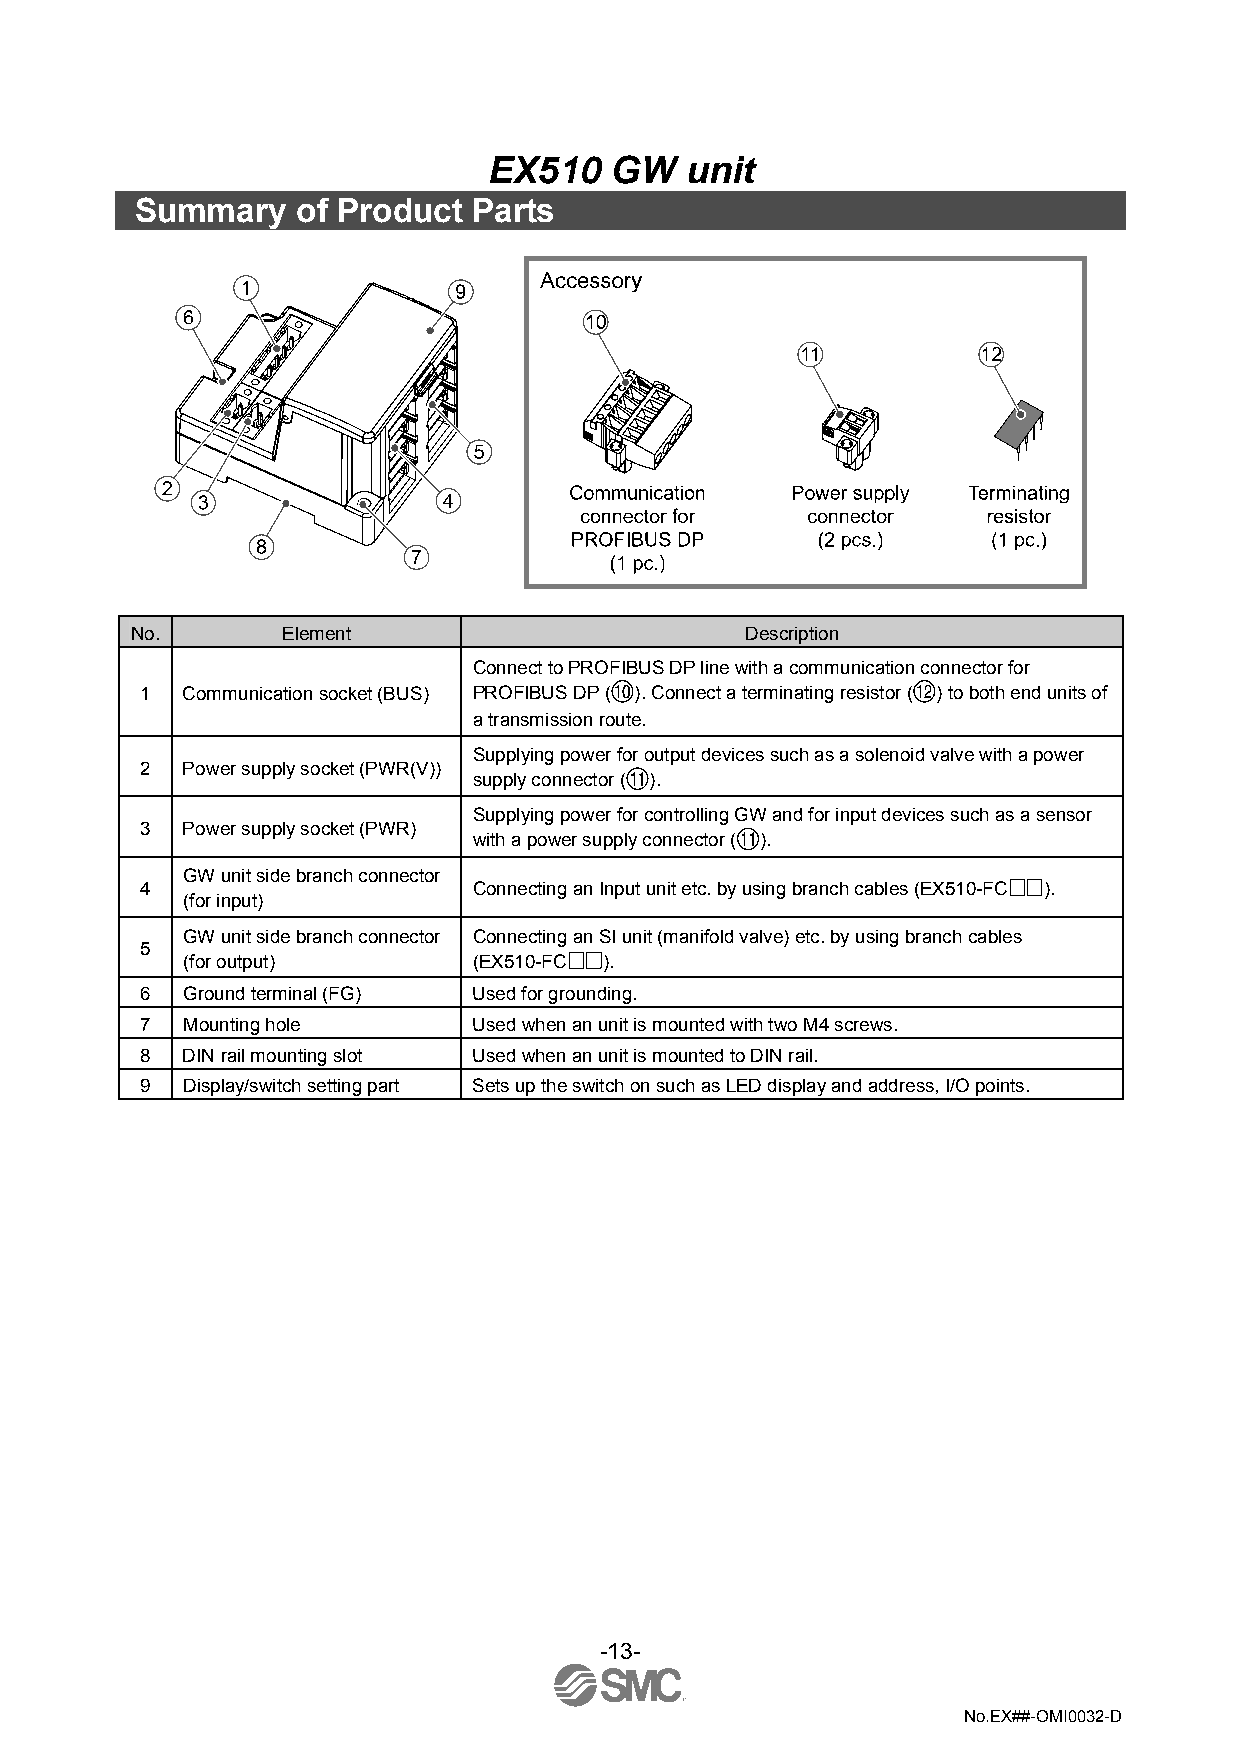
EX510   GW   unit
 Summary    of Product Parts
 No.       Element                       Description
 Connect to PROFIBUS DP line with a communication connector for
 1  Communication socket (BUS) PROFIBUS DP ( ). Connect a terminating resistor ( ) to both end units of
 a transmission route.
 Supplying power for output devices such as a solenoid valve with a power
 2  Power supply socket (PWR(V))
 supply connector ( ).
 Supplying power for controlling GW and for input devices such as a sensor
 3  Power supply socket (PWR)
 with a power supply connector ( ).
 GW unit side branch connector
 4                     Connecting an Input unit etc. by using branch cables (EX510-FC ).
 (for input)
 GW unit side branch connector Connecting an SI unit (manifold valve) etc. by using branch cables
 5
 (for output)       (EX510-FC ).
 6  Ground terminal (FG) Used for grounding.
 7  Mounting hole      Used when an unit is mounted with two M4 screws.
 8  DIN rail mounting slot Used when an unit is mounted to DIN rail.
 9  Display/switch setting part Sets up the switch on such as LED display and address, I/O points.
 -13-
 No.EX##-OMI0032-D